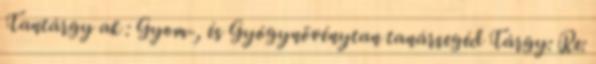
Tantárgy ak : Gyom-, és Gyógynövénytan tanársegéd Tárgy: Re: